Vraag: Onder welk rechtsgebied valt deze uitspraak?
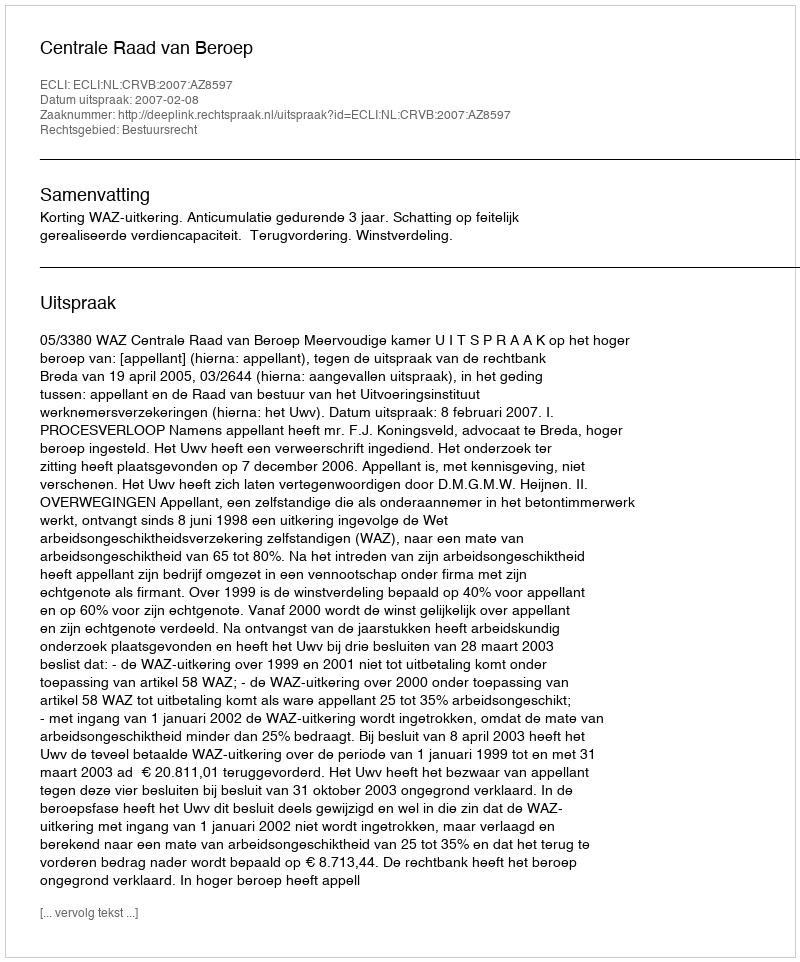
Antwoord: Bestuursrecht